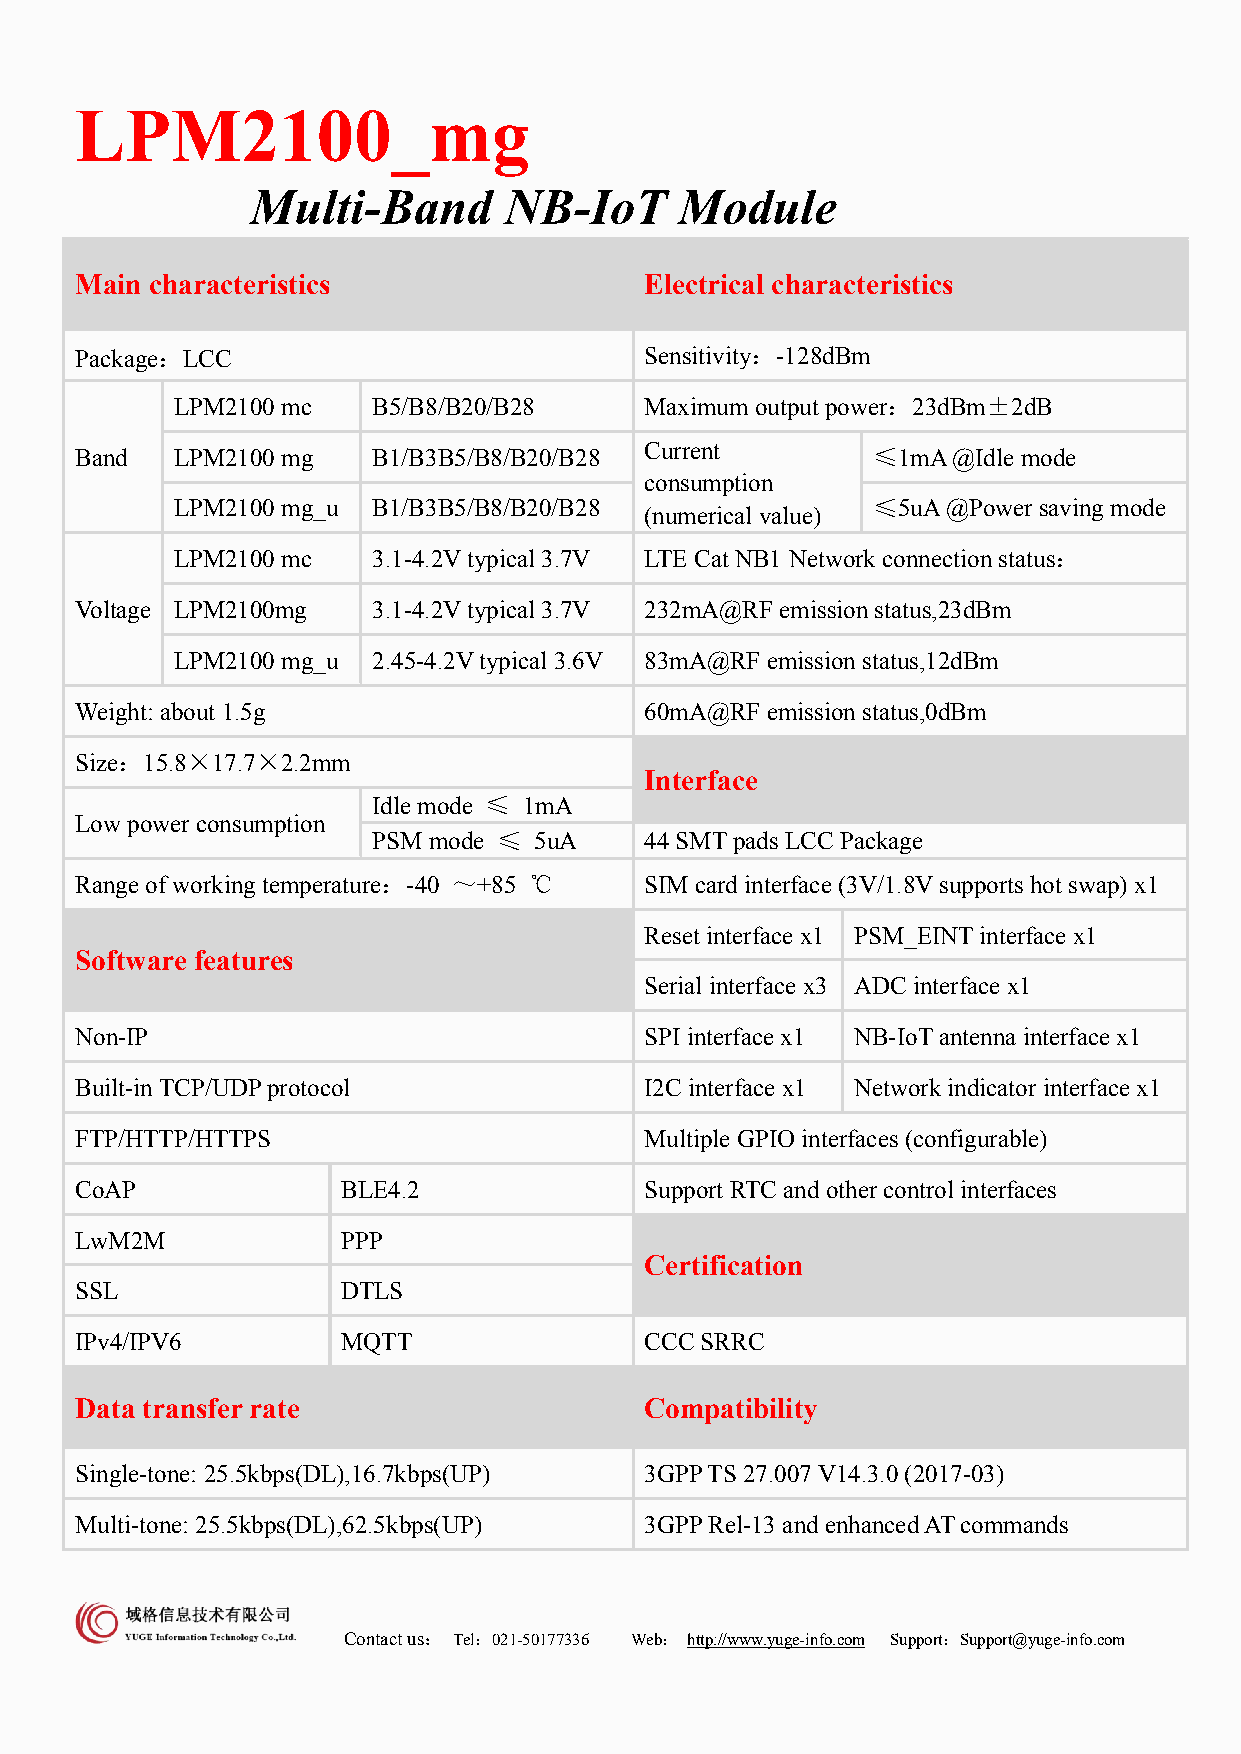
LPM2100_mg
 Multi-Band      NB-IoT      Module
 Main characteristics                  Electrical characteristics
 Package：LCC                           Sensitivity：-128dBm
 LPM2100 mc    B5/B8/B20/B28     Maximum outputpower：23dBm±2dB
 Band  LPM2100 mg    B1/B3B5/B8/B20/B28 Current       ≤1mA@Idle mode
 consumption
 LPM2100 mg_u  B1/B3B5/B8/B20/B28               ≤5uA@Powersaving mode
 (numerical value)
 LPM2100 mc    3.1-4.2Vtypical 3.7V LTE Cat NB1 Network connection status：
 Voltage LPM2100mg   3.1-4.2Vtypical 3.7V 232mA@RF emissionstatus,23dBm
 LPM2100 mg_u  2.45-4.2Vtypical 3.6V 83mA@RF emissionstatus,12dBm
 Weight: about 1.5g                    60mA@RF emissionstatus,0dBm
 Size：15.8×17.7×2.2mm
 Interface
 Idlemode ≤ 1mA
 Lowpower consumption
 PSMmode ≤ 5uA     44SMTpads LCC Package
 Rangeof working temperature：-40 ～+85 ℃ SIM card interface (3V/1.8Vsupports hot swap) x1
 Reset interface x1 PSM_EINTinterfacex1
 Software features
 Serial interface x3 ADC interface x1
 Non-IP                                SPIinterface x1 NB-IoTantenna interface x1
 Built-inTCP/UDPprotocol               I2C interface x1 Network indicator interface x1
 FTP/HTTP/HTTPS                        MultipleGPIO interfaces (configurable)
 CoAP              BLE4.2              Support RTCand othercontrol interfaces
 LwM2M             PPP
 Certification
 SSL               DTLS
 IPv4/IPV6         MQTT                CCCSRRC
 Data transfer rate                    Compatibility
 Single-tone: 25.5kbps(DL),16.7kbps(UP) 3GPPTS 27.007V14.3.0 (2017-03)
 Multi-tone:25.5kbps(DL),62.5kbps(UP)  3GPPRel-13 andenhancedATcommands
 Contactus： Tel：021-50177336 Web： http://www.yuge-info.com Support：Support@yuge-info.com